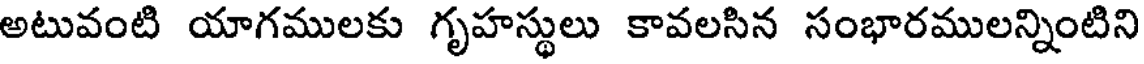
అటువంటి యాగములకు గృహస్థులు కావలసిన సంభారములన్నింటిని